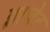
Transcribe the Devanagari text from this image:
ब्लाजेट